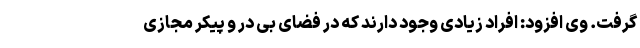
گرفت.‌ وی افزود: افراد زیادی وجود دارند که در فضای بی در و پیکر مجازی